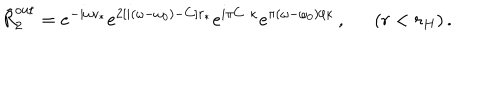
\tilde { R } _ { 2 } ^ { \mathrm { o u t } } = e ^ { - i \omega v _ { * } } e ^ { 2 [ i ( \omega - \omega _ { 0 } ) - C ] r _ { * } } e ^ { i \pi C / \kappa } e ^ { \pi ( \omega - \omega _ { 0 } ) / \kappa } \, , ( r < r _ { H } ) \, .